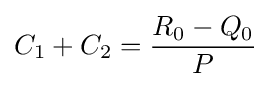
C_{1}+C_{2}={\frac {R_{0}-Q_{0}}{P}}